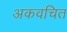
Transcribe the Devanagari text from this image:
अकवचित